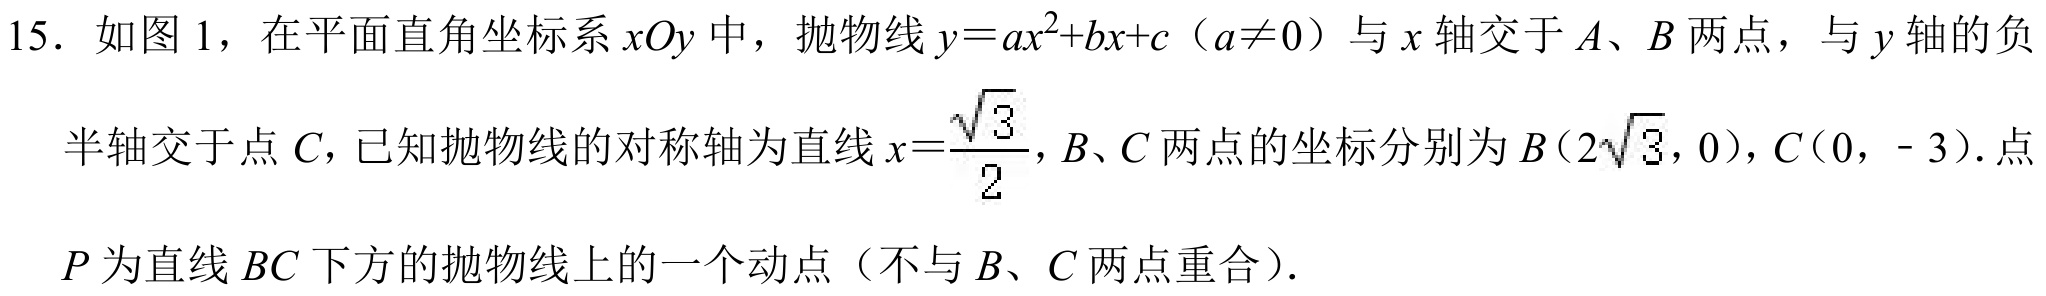
15. 如图1，在平面直角坐标系\(xOy\)中，抛物线\(y = ax^{2}+bx + c\)（\(a\neq0\)）与\(x\)轴交于\(A、B\)两点，与\(y\)轴的负半轴交于点\(C\)，已知抛物线的对称轴为直线\(x=\frac{\sqrt{3}}{2}\)，\(B、C\)两点的坐标分别为\(B(2\sqrt{3},0)\)，\(C(0,-3)\). 点\(P\)为直线\(BC\)下方的抛物线上的一个动点（不与\(B、C\)两点重合）.